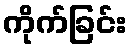
ကိုက်ခြင်း